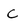
Character: C